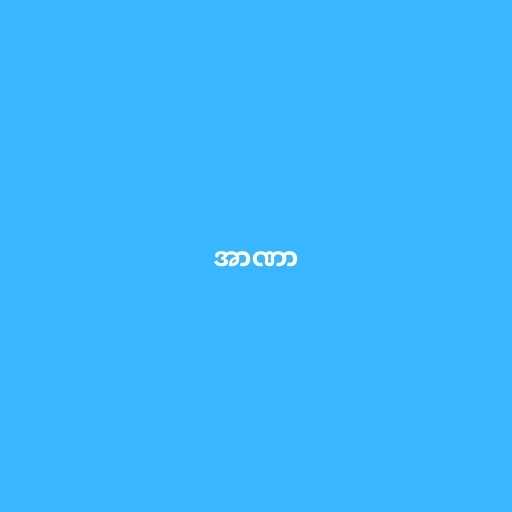
အာဏာ